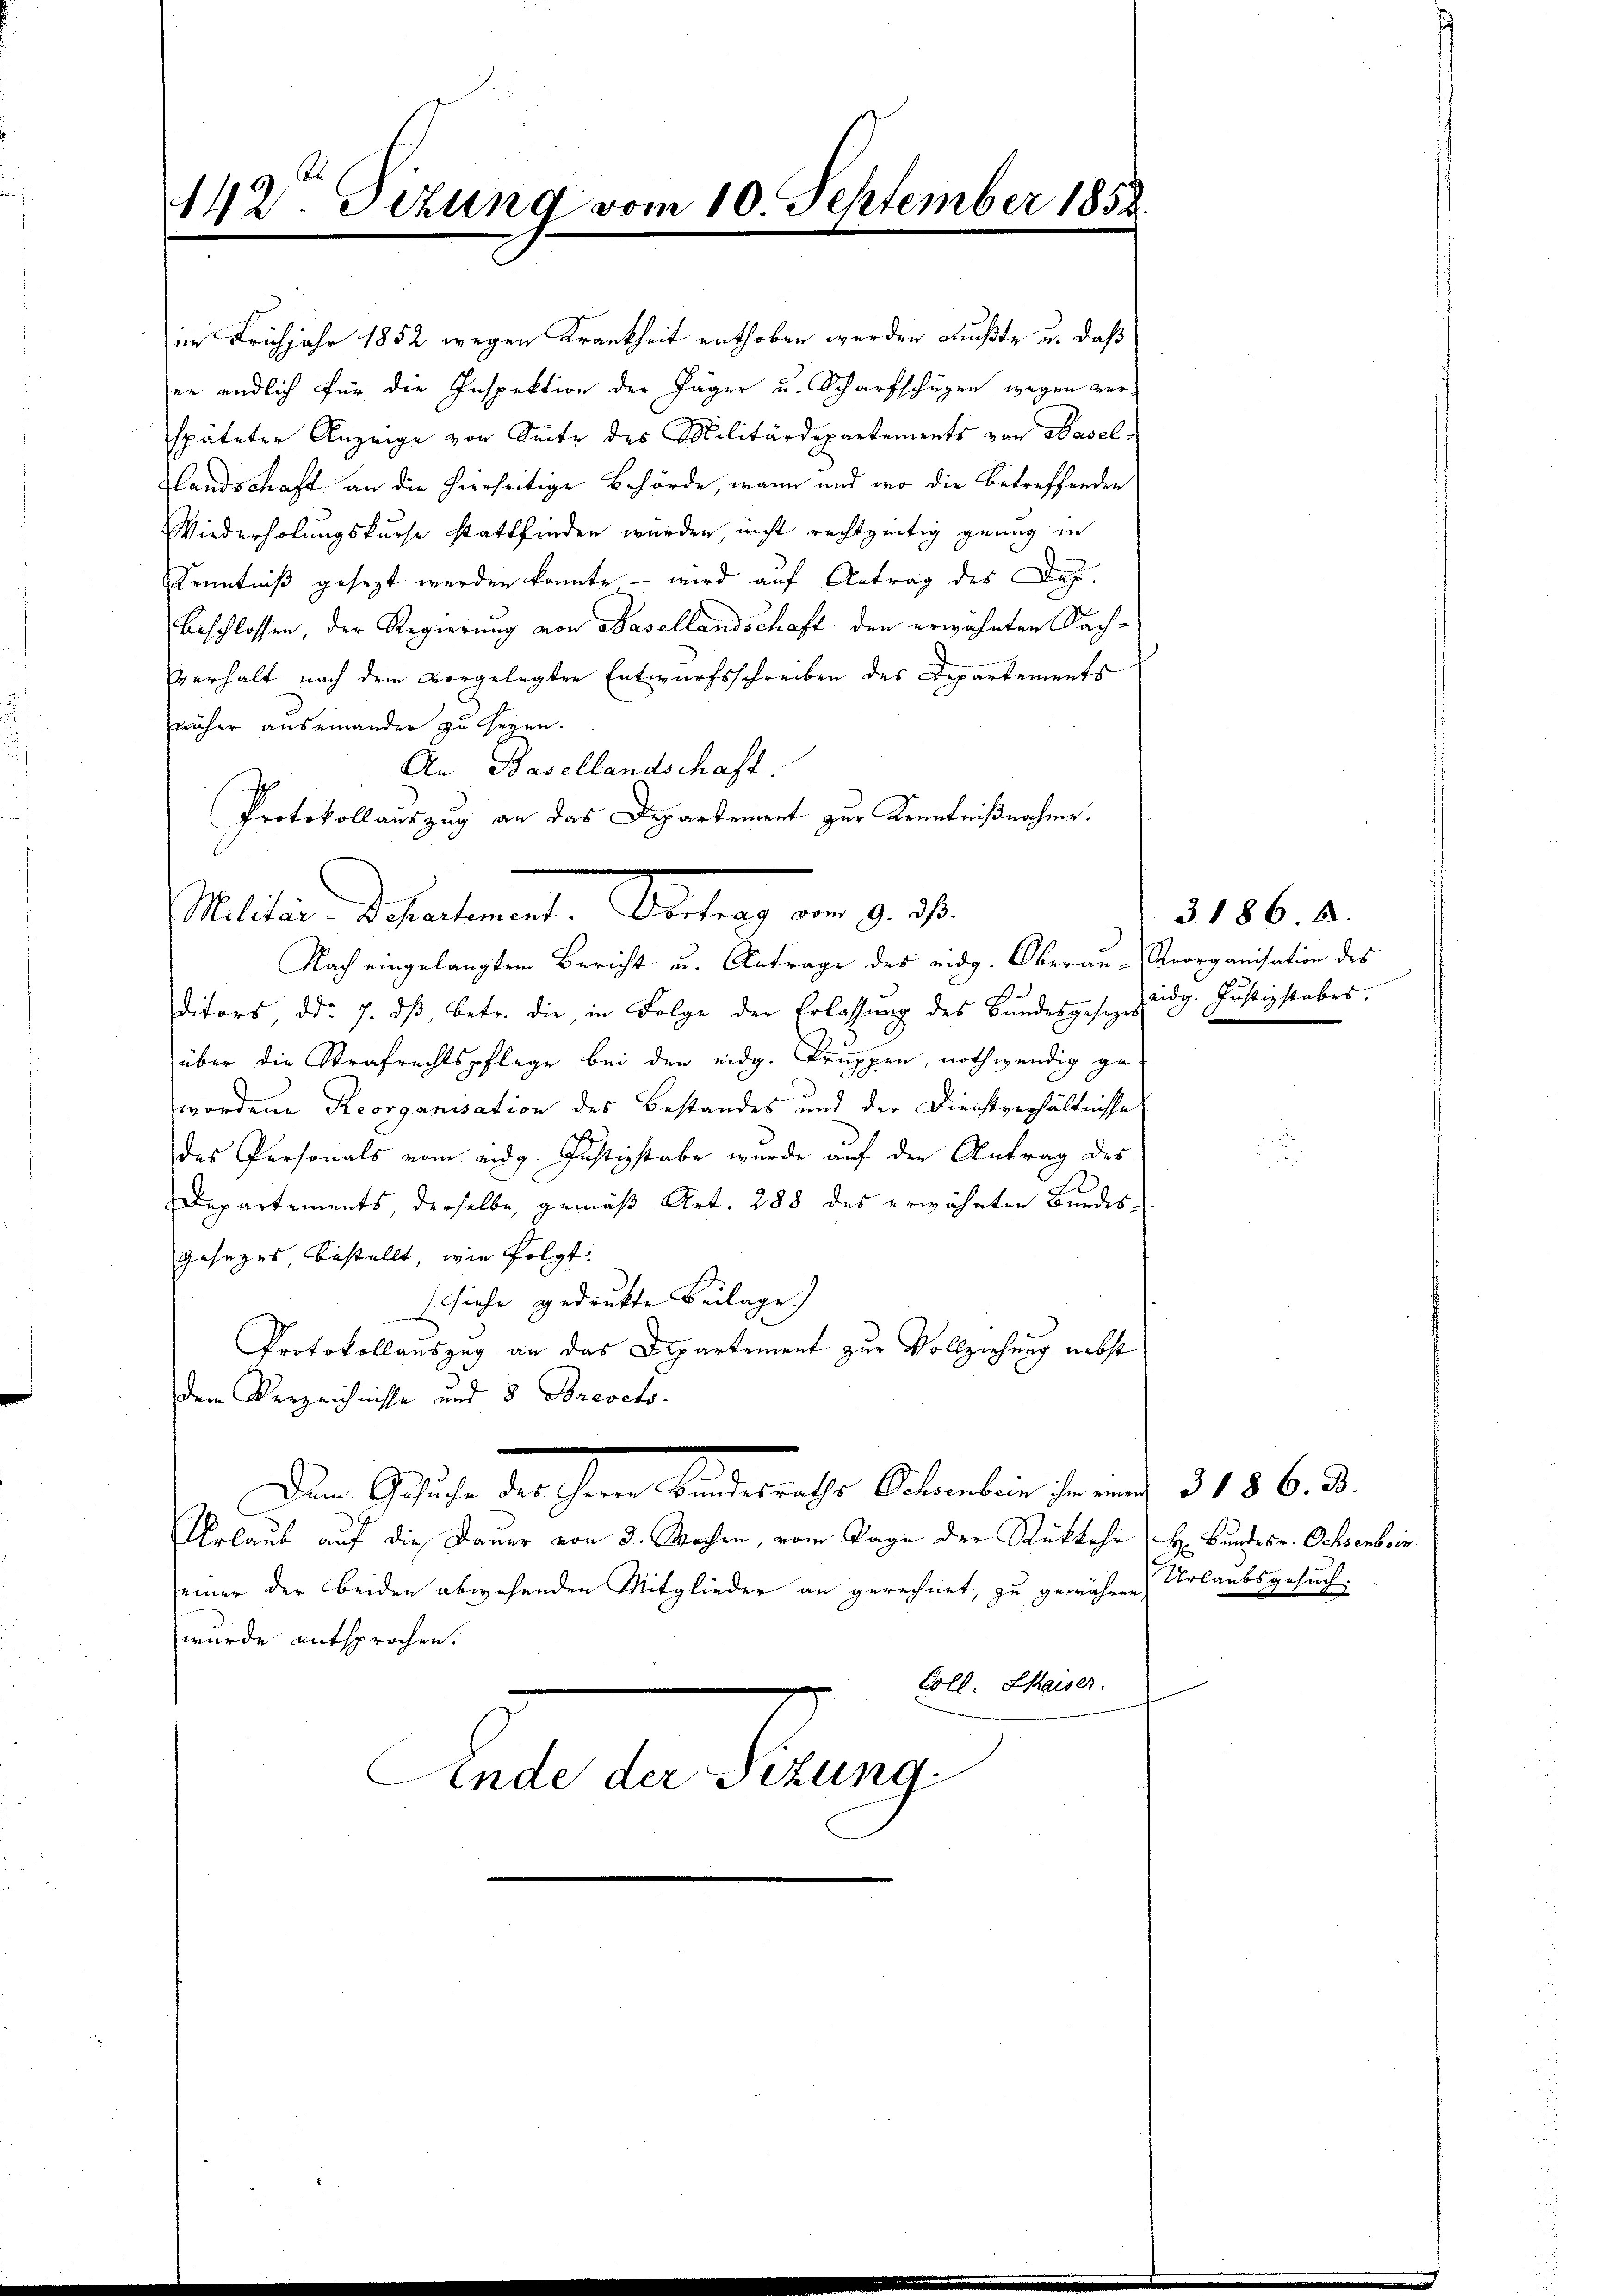
142. Tizung vom 10. September 1852

im Frühjahr 1852 wegen Krankheit enthoben werden mußte u. daß
er endlich für die Inspektion der Jäger u. Scharfschüzen wegen ver-
späteter Anzeige von Seite des Militärdepartements von Wasel
Landschaft an die hierseitige Behörde, wann und wo die betreffenden
Wiederholungskurse stattfinden wurden, nicht rechtzeitig genug in
Kenntniß gesezt werden konnte – wird auf Antrag des Dez.
beschlossen, der Regierung von Basellandschaft den erwähnten Sachverhalt nach dem vorgelegten Entwurfsschreiben des Departements
näher auseinander zu seyen.
An Basellandschaft.
Protokollauszug an das Departement zur Kenntnißnahme.

Malten deshalteramte Antrag in d. d.

Nach eingelangten Bericht u. Antrage des eidg. Oberau-Reorganisation des
.
ditors, d. 7. dβ, betr. die, in Folge der Erlassung des Bundesgesez züdg. Justizstabes,
über die Strafrechtspflege bei den eidg. Truppen, nothwendig ge-
wordene Reorganisation des Bestandes und der Dienstverhältnisse
des Personals vom eidg. Justizstabe wurde auf den Antrag des
Departements, derselbe, gemäß Art. 288 des erwähnten Bundesgesezes, bestellt, wie folgt.
siche gedrukte Beilage)
Protokollauszug an das Departement zur Vollziehung nebst
dem Verzeichnisse und 5 Breveto.
.
Dem Gesuche des Herrn Bundesraths Ochsenbein ihm einen 318 6. Bd.
Urlaub auf die Dauer von 3. Wochen, vom Tage der Rükkehr H. Bundesr. Ochsenbeir.
seiner der beiden abwesenden Mitglieder an gerechnet, zu gewähren Urlaubsgesuch.
wurde entsprochen.
Coll. Chaiser.
Finde der Sizung

3186. 5.